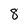
Character: 8